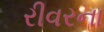
રીવરના